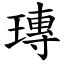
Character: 瑼